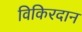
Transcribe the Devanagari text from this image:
विकिरदान